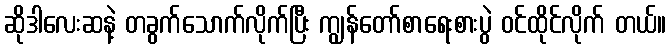
ဆိုဒါလေးဆနဲ့ တခွက်သောက်လိုက်ပြီး ကျွန်တော်စာရေးစားပွဲ ဝင်ထိုင်လိုက် တယ်။